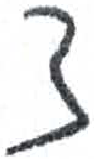
אות: צ